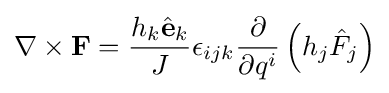
\nabla \times \mathbf {F} ={\frac {h_{k}{\hat {\mathbf {e} }}_{k}}{J}}\epsilon _{ijk}{\frac {\partial }{\partial q^{i}}}\left(h_{j}{\hat {F}}_{j}\right)